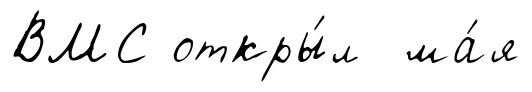
ВМС откры́л ма́я